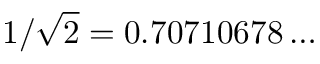
1 / { \sqrt { 2 } } = 0 . 7 0 7 1 0 6 7 8 \ldots